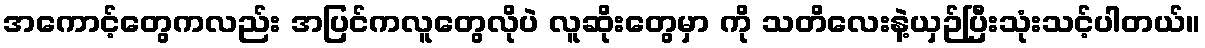
အကောင့်တွေကလည်း အပြင်ကလူတွေလိုပဲ လူဆိုးတွေမှာ ကို သတိလေးနဲ့ယှဉ်ပြီးသုံးသင့်ပါတယ်။